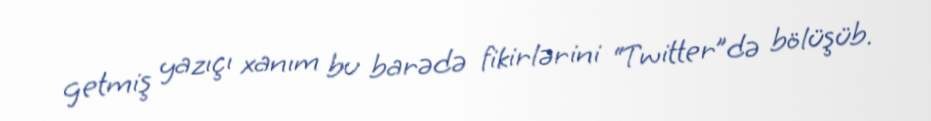
getmiş yazıçı xanım bu barədə fikirlərini “Twitter”də bölüşüb.